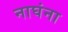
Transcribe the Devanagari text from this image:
नाघंना